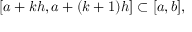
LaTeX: [ a + k h , a + ( k + 1 ) h ] \subset [ a , b ] ,